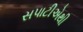
સપાટીએથી